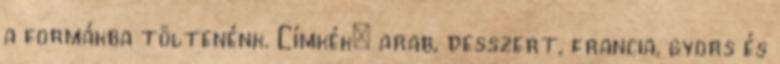
a formákba töltenénk. Címkék: arab, desszert, francia, gyors és